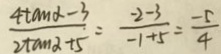
\frac { 4 \tan \alpha - 3 } { 2 + \tan 2 + 5 } = \frac { - 2 - 3 } { - 1 + 5 } = \frac { - 5 } { 4 }